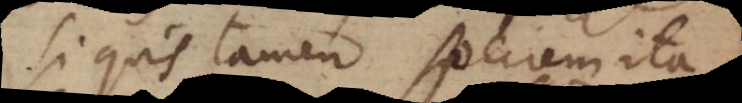
Si quis tamen speciem ita